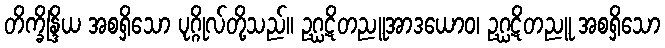
တိက္ခိန္ဒြိယ အစရှိသော ပုဂ္ဂိုလ်တို့သည်။ ဥဂ္ဃဋိတညူအာဒယောဝ၊ ဥဂ္ဃဋိတညူ အစရှိသော